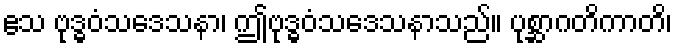
ဧသ ဗုဒ္ဓဝံသဒေသနာ၊ ဤဗုဒ္ဓဝံသဒေသနာသည်။ ပုစ္ဆာဂတိကာတိ၊